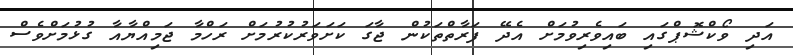
އަދި ވޯކްޝޮޕްގައި ބައިވެރިވުމަށް އެދޭ ފަރާތްތަކުން ޖާގަ ކަށަވަރުކުރުމަށް ރަހްމާ ޖަމިއްޔާއާ ގުޅުމަށްވެސް